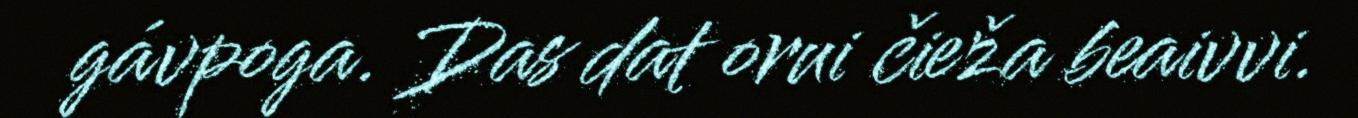
gávpoga. Das dat orui čieža beaivvi.